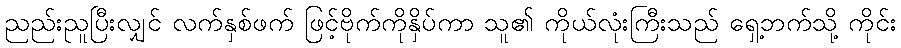
ညည်းညူပြီးလျှင် လက်နှစ်ဖက် ဖြင့်ဗိုက်ကိုနှိပ်ကာ သူ၏ ကိုယ်လုံးကြီးသည် ရှေ့ဘက်သို့ ကိုင်း